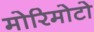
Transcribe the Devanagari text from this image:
मोरिमोटो